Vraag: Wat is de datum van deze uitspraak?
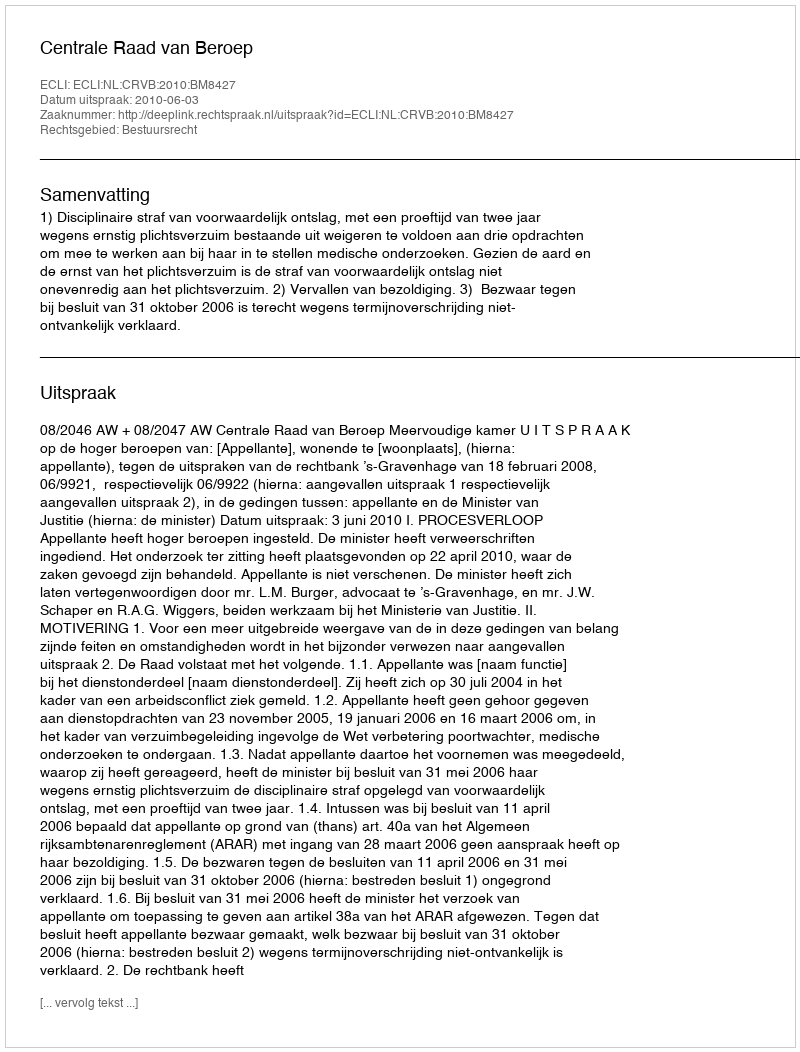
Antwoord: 2010-06-03